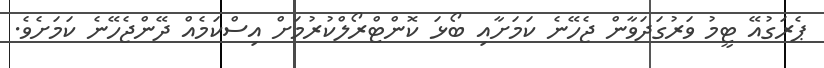
ޕެރަގުއޭ ޓީމު ވަރުގަދަވާން ޖެހޭނެ ކަމަށާއި ބޯޅަ ކޮންޓްރޯލްކުރުމަށް އިސްކަމެއް ދޭންޖެހޭނެ ކަމަށެވެ.